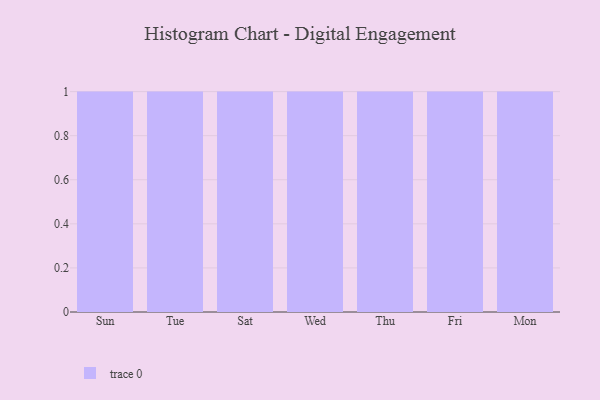
{"axis": {"x": "Day", "y": "Satisfaction Score"}, "legend": [""], "data": [{"x": "Sun", "y": 54, "type": ""}, {"x": "Tue", "y": 9, "type": ""}, {"x": "Sat", "y": 24, "type": ""}, {"x": "Wed", "y": 4, "type": ""}, {"x": "Thu", "y": 49, "type": ""}, {"x": "Fri", "y": 99, "type": ""}, {"x": "Mon", "y": 83, "type": ""}]}